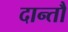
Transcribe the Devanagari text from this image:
दान्तौ